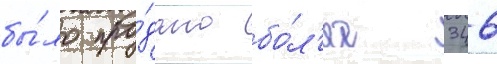
бы́ло про́дано бо́л'ее 346